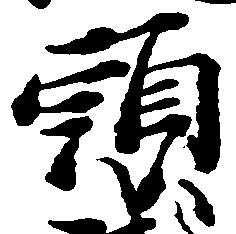
頭